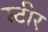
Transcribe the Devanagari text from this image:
स्टीर